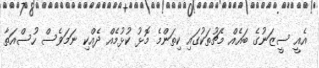
އެއީ ސީޒަނުގެ ބައެއް މެޗުތަކުގައި ކިތަންމެ މޮޅު ކުޅުމެއް ދެއްކި ނަމަވެސް ހުސްއަތާ